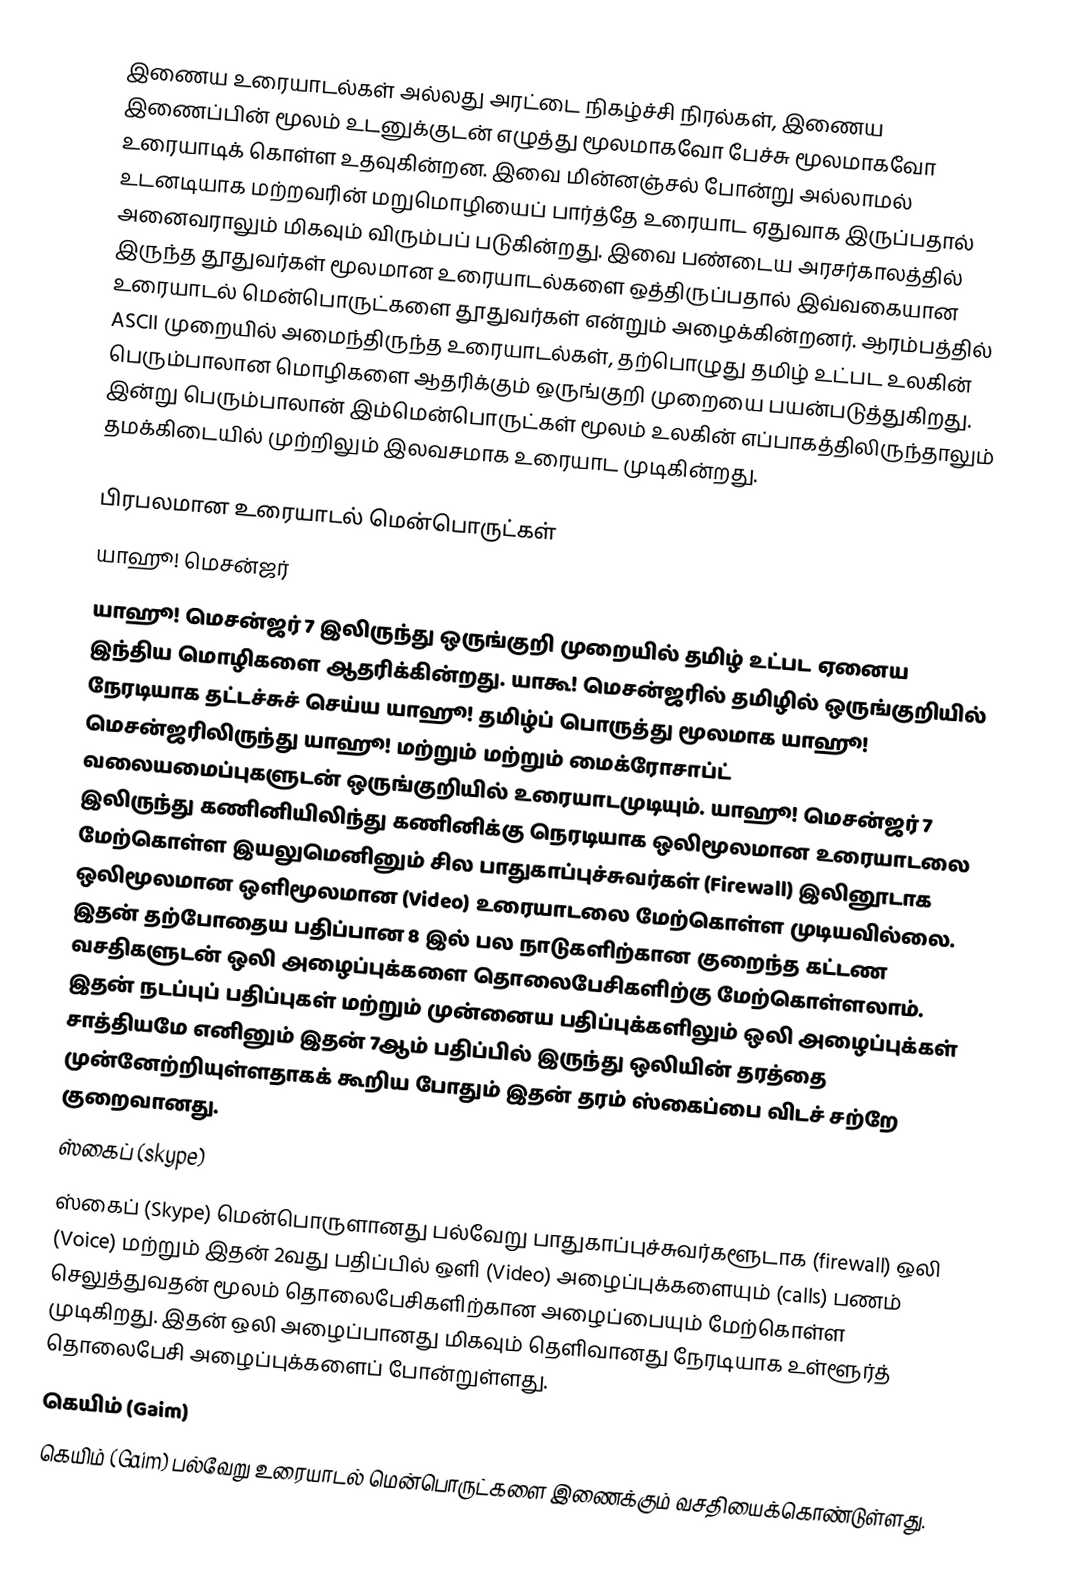
இணைய உரையாடல்கள் அல்லது அரட்டை நிகழ்ச்சி நிரல்கள், இணைய இணைப்பின் மூலம் உடனுக்குடன் எழுத்து மூலமாகவோ பேச்சு மூலமாகவோ உரையாடிக் கொள்ள உதவுகின்றன. இவை மின்னஞ்சல் போன்று அல்லாமல் உடனடியாக மற்றவரின் மறுமொழியைப் பார்த்தே உரையாட ஏதுவாக இருப்பதால் அனைவராலும் மிகவும் விரும்பப் படுகின்றது. இவை பண்டைய அரசர்காலத்தில் இருந்த தூதுவர்கள் மூலமான உரையாடல்களை ஒத்திருப்பதால் இவ்வகையான உரையாடல் மென்பொருட்களை தூதுவர்கள் என்றும் அழைக்கின்றனர். ஆரம்பத்தில் ASCII முறையில் அமைந்திருந்த உரையாடல்கள், தற்பொழுது தமிழ் உட்பட உலகின் பெரும்பாலான மொழிகளை ஆதரிக்கும் ஒருங்குறி முறையை பயன்படுத்துகிறது. இன்று பெரும்பாலான் இம்மென்பொருட்கள் மூலம் உலகின் எப்பாகத்திலிருந்தாலும் தமக்கிடையில் முற்றிலும் இலவசமாக உரையாட முடிகின்றது.

பிரபலமான உரையாடல் மென்பொருட்கள்
யாஹூ! மெசன்ஜர்
யாஹூ! மெசன்ஜர் 7 இலிருந்து ஒருங்குறி முறையில் தமிழ் உட்பட ஏனைய இந்திய மொழிகளை ஆதரிக்கின்றது. யாகூ! மெசன்ஜரில் தமிழில் ஒருங்குறியில் நேரடியாக தட்டச்சுச் செய்ய யாஹூ! தமிழ்ப் பொருத்து  மூலமாக யாஹூ! மெசன்ஜரிலிருந்து யாஹூ! மற்றும் மற்றும் மைக்ரோசாப்ட் வலையமைப்புகளுடன் ஒருங்குறியில் உரையாடமுடியும். யாஹூ! மெசன்ஜர் 7 இலிருந்து கணினியிலிந்து கணினிக்கு நெரடியாக ஒலிமூலமான உரையாடலை மேற்கொள்ள இயலுமெனினும் சில பாதுகாப்புச்சுவர்கள் (Firewall) இலினூடாக ஒலிமூலமான ஒளிமூலமான (Video) உரையாடலை மேற்கொள்ள முடியவில்லை. இதன் தற்போதைய பதிப்பான 8 இல் பல நாடுகளிற்கான குறைந்த கட்டண வசதிகளுடன் ஒலி அழைப்புக்களை தொலைபேசிகளிற்கு மேற்கொள்ளலாம். இதன் நடப்புப் பதிப்புகள் மற்றும் முன்னைய பதிப்புக்களிலும் ஒலி அழைப்புக்கள் சாத்தியமே எனினும் இதன் 7ஆம் பதிப்பில் இருந்து ஒலியின் தரத்தை முன்னேற்றியுள்ளதாகக் கூறிய போதும் இதன் தரம் ஸ்கைப்பை விடச் சற்றே குறைவானது.
ஸ்கைப் (skype)
ஸ்கைப் (Skype) மென்பொருளானது பல்வேறு பாதுகாப்புச்சுவர்களூடாக (firewall) ஒலி (Voice) மற்றும் இதன் 2வது பதிப்பில் ஒளி (Video) அழைப்புக்களையும் (calls) பணம் செலுத்துவதன் மூலம் தொலைபேசிகளிற்கான அழைப்பையும் மேற்கொள்ள முடிகிறது. இதன் ஒலி அழைப்பானது மிகவும் தெளிவானது நேரடியாக உள்ளூர்த் தொலைபேசி அழைப்புக்களைப் போன்றுள்ளது.
கெயிம் (Gaim)
கெயிம் (Gaim) பல்வேறு உரையாடல் மென்பொருட்களை இணைக்கும் வசதியைக்கொண்டுள்ளது.